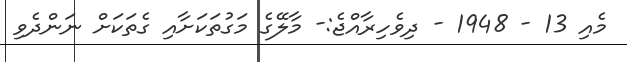
މެއި 13 - 1948 - ދިވެހިރާއްޖެ:- މާލޭގެ މަގުތަކަށާއި ގެތަކަށް ނަންދެވި